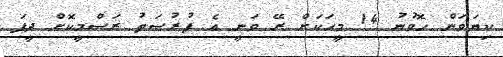
ކިޔަވަން ހޮވުނު 14 މީހަކަށް ރޭ ވަނީ އެ ފުރުސަތު ރަސްމީކޮށް ދީފަ